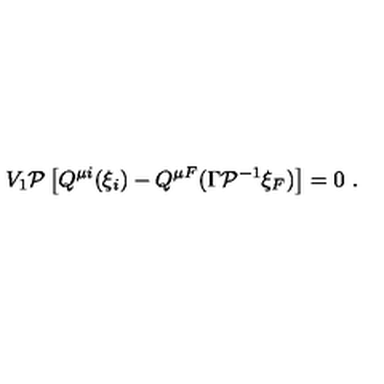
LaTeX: V _ { 1 } { \cal P } \left[ Q ^ { \mu i } ( \xi _ { i } ) - Q ^ { \mu F } ( \Gamma { \cal P } ^ { - 1 } \xi _ { F } ) \right] = 0 \ .